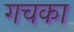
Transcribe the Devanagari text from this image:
गचका